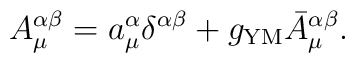
A_\mu^{\alpha\beta}=a_\mu^{\alpha}\delta^{\alpha\beta}+g_{\rm YM}\bar A^{\alpha\beta}_\mu .